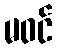
မဝင်